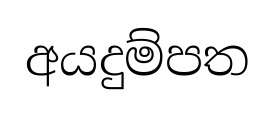
අයදුම්පත